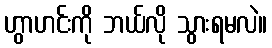
ဟွာဟင်းကို ဘယ်လို သွားရမလဲ။